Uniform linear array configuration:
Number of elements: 24
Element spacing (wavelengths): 0.5
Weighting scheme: hamming
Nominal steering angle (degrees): -60
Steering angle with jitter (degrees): -60.911
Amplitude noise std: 0.05
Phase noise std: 0.05

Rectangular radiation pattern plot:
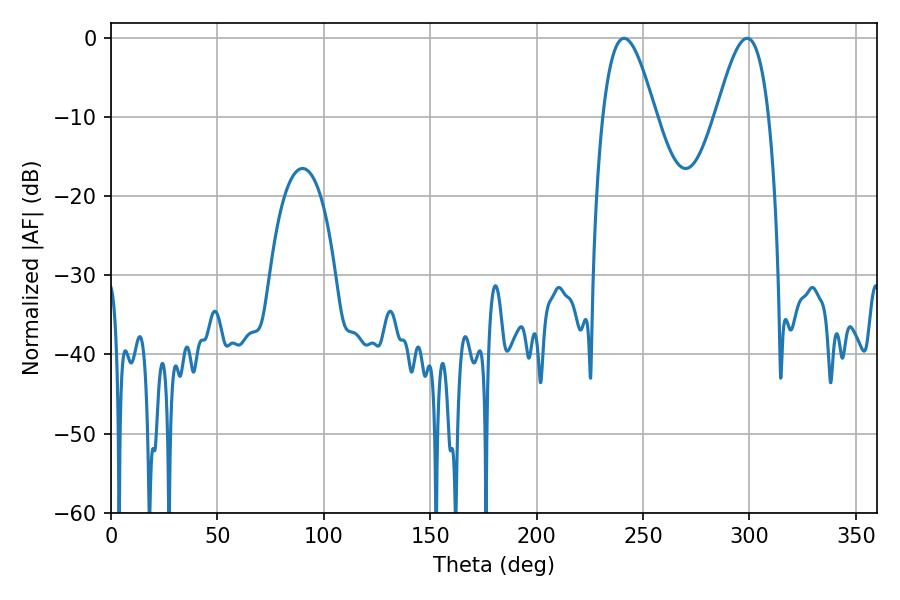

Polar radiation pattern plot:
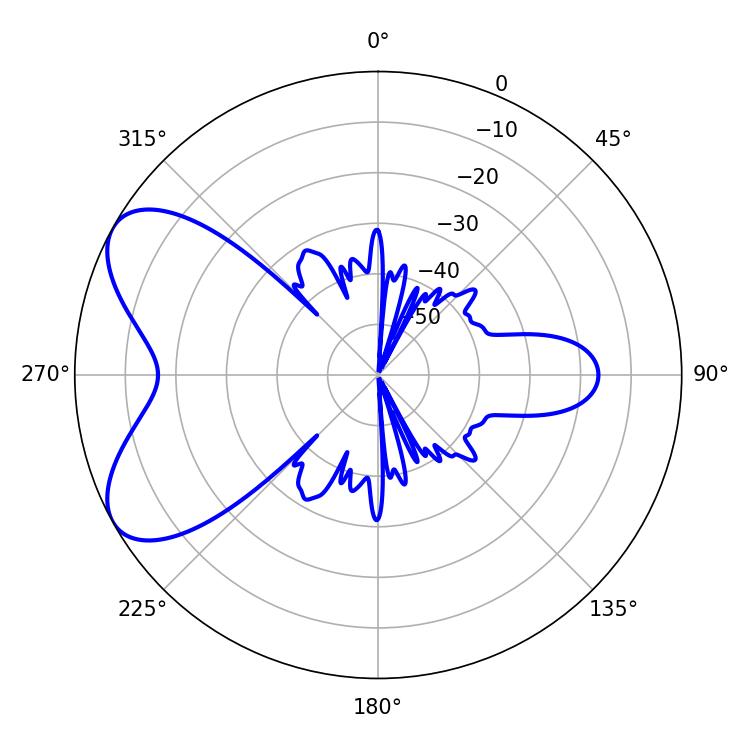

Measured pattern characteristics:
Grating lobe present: FALSE
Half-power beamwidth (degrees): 13.5
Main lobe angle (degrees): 241.02